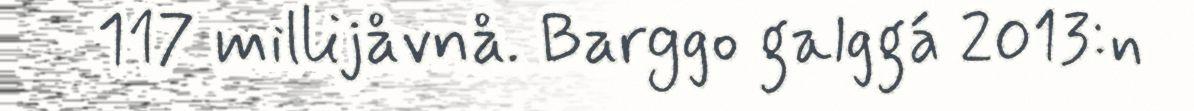
117 millijåvnå. Barggo galggá 2013:n